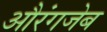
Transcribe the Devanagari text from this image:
अौरंगजेब